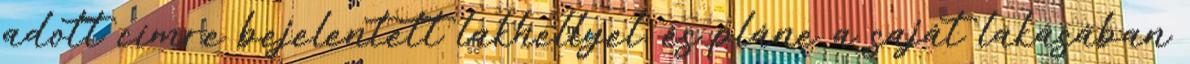
adott címre bejelentett lakhellyel, és pláne a saját lakásában